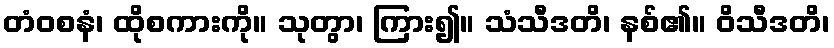
တံဝစနံ၊ ထိုစကားကို။ သုတွာ၊ ကြား၍။ သံသီဒတိ၊ နစ်၏။ ဝိသီဒတိ၊